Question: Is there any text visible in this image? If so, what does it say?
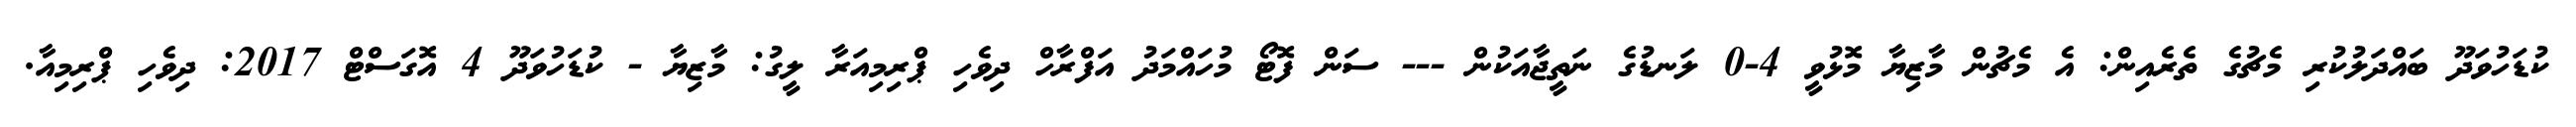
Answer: ކުޑަހުވަދޫ ބައްދަލުކުރި މެޗުގެ ތެރެއިން: އެ މެޗުން މާޒިޔާ މޮޅުވީ 4-0 ލަނޑުގެ ނަތީޖާއަކުން --- ސަން ފޮޓޯ މުހައްމަދު އަފްރާހް ދިވެހި ޕްރިމިއަރާ ލީގު: މާޒިޔާ - ކުޑަހުވަދޫ 4 އޮގަސްޓް 2017: ދިވެހި ޕްރިމިއާ.